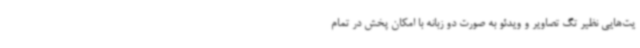
یت‌هایی نظیر تگ تصاویر و ویدئو به صورت دو زبانه با امکان پخش در تمام